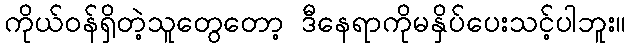
ကိုယ်ဝန်ရှိတဲ့သူတွေတော့ ဒီနေရာကိုမနှိပ်ပေးသင့်ပါဘူး။